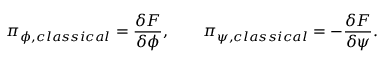
\pi _ { \phi , c l a s s i c a l } = { \frac { \delta F } { \delta \phi } } , \qquad \pi _ { \psi , c l a s s i c a l } = - { \frac { \delta F } { \delta \psi } } .